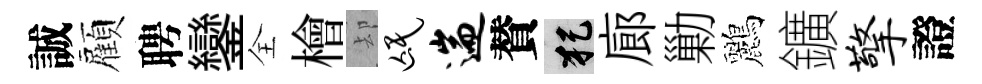
誠顏聘鑾全檜却氓遄賛犯廊勦鸝鑛擎證